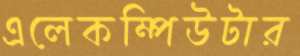
এলেকম্পিউটার